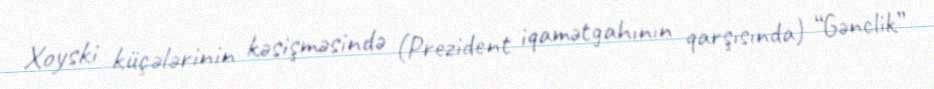
Xoyski küçələrinin kəsişməsində (Prezident iqamətgahının qarşısında) “Gənclik”